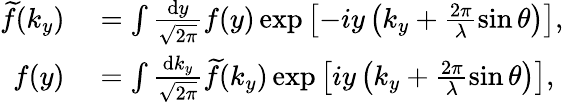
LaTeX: \begin{array}{rl}{\smash{\widetilde{f}}(k_{y})}&{{}=\int\frac{\mathrm{d}y}{\sqrt{2\pi}}f(y)\exp\left[-iy\left(k_{y}+\frac{2\pi}{\lambda}\sin\theta\right)\right],}\\ {f(y)}&{{}=\int\frac{\mathrm{d}k_{y}}{\sqrt{2\pi}}\smash{\widetilde{f}}(k_{y})\exp\left[iy\left(k_{y}+\frac{2\pi}{\lambda}\sin\theta\right)\right],}\end{array}